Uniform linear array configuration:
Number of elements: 24
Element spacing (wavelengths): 0.75
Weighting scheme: hann
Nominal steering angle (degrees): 60
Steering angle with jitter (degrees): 61.965
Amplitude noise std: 0.05
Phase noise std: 0.05

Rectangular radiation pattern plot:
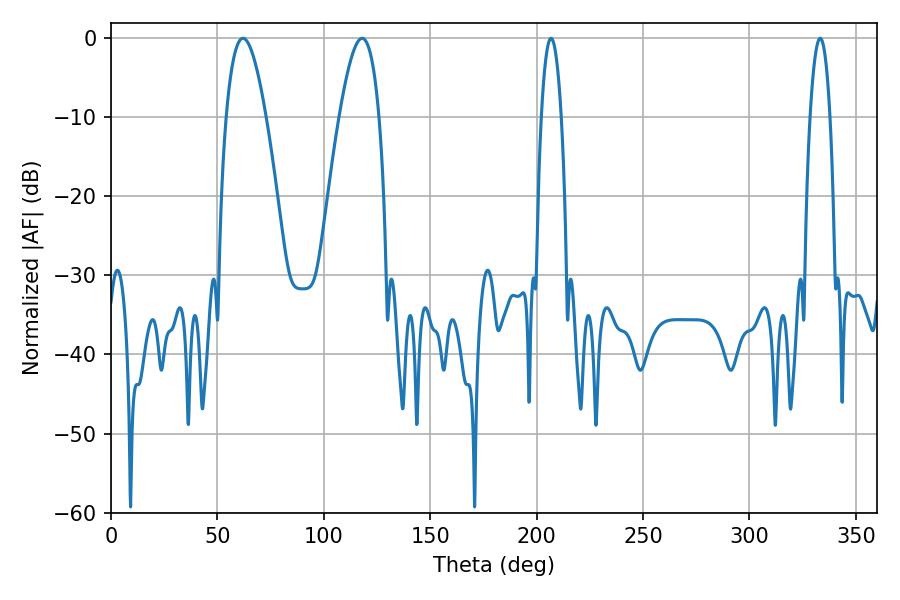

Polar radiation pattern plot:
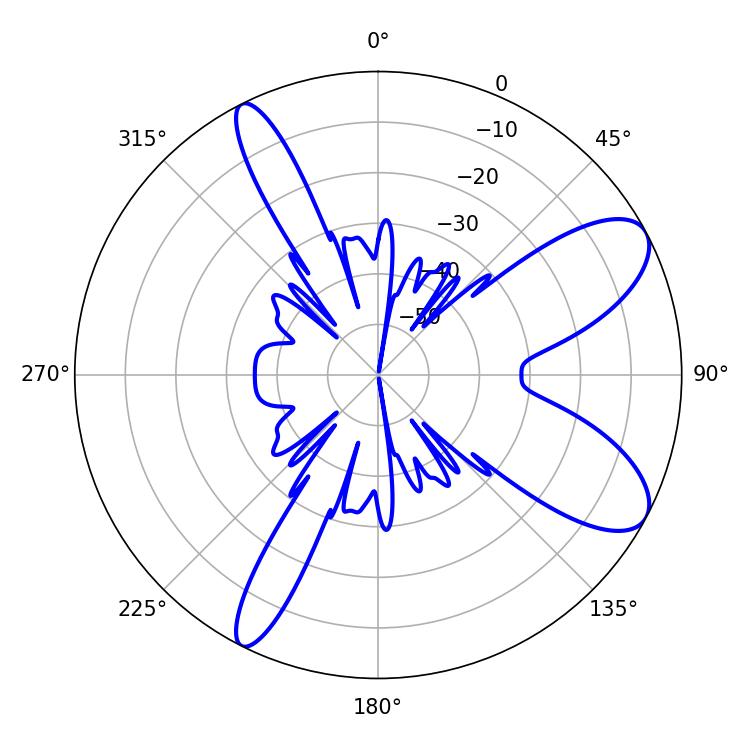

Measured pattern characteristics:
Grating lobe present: TRUE
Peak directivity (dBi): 8.969
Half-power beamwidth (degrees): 10.08
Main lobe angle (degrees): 61.92